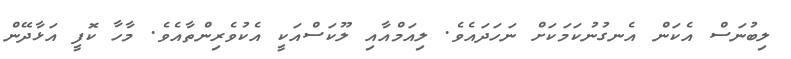
ލިބުނަސް އެކަން އެނގުނުކަމަކަށް ނަހަދައެވެ. ލިއަމްއާއި ލޫކަސްއަކީ އެކުވެރިންތާއެވެ. މާހާ ކޮފީ އަޅާދޭން